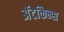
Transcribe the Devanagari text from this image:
अॅटकिन्स